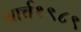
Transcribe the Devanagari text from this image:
मार्च१९८९